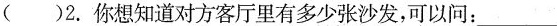
( ) 2.你想知道对方客厅里有多少张沙发，可以问:___